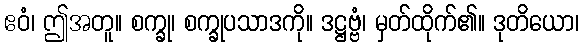
ဧဝံ၊ ဤအတူ။ စက္ခု၊ စက္ခုပသာဒကို။ ဒဋ္ဌဗ္ဗံ၊ မှတ်ထိုက်၏။ ဒုတိယော၊